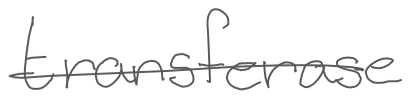
Text: transferase
Cross-out: single-line
Writing tool: digital_gray